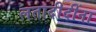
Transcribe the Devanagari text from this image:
लतादीदींना